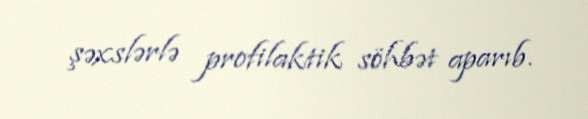
şəxslərlə profilaktik söhbət aparıb.